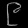
Digit: ၉